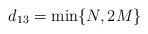
LaTeX: \begin{align*}d_{13}=\min \{N, 2M\}\end{align*}